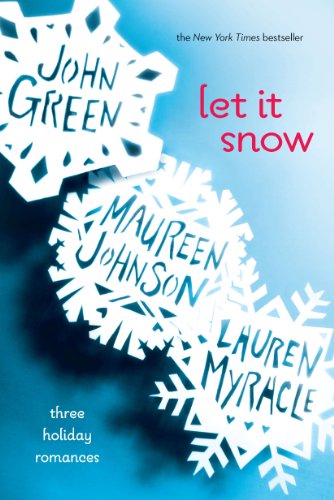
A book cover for Let It Snow: Three Holiday Romances; John Green; Teen & Young Adult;